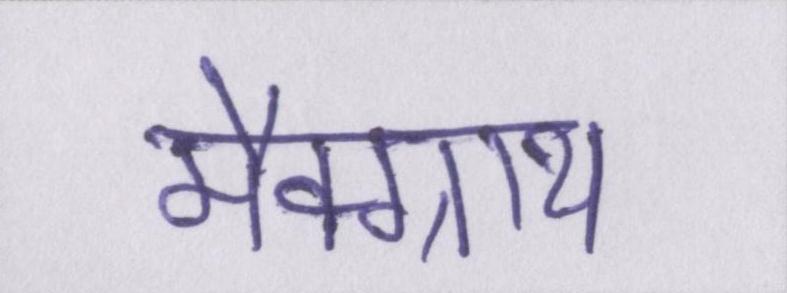
मैक्ग्राथ